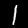
Digit: 1